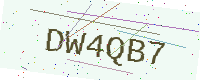
Text: DW4QB7